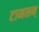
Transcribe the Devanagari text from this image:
टामसन्